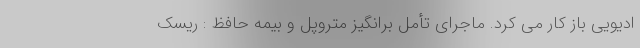
ادیویی باز کار می کرد. ماجرای تأمل برانگیز متروپل و بیمه حافظ : ریسک